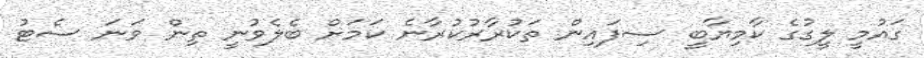
ގައުމީ ލީގުގެ ކާމިޔާބީ ސިފައިން ތަކުރާރުކުރާނެ ކަމަށް ބެލެވުނީ ތިން ވަނަ ސެޓު